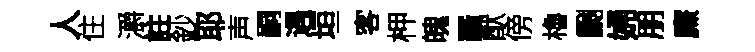
人住灂註鈔耶声嗣遇垣客柙魄羅猷傍櫓劂婦朋㢘